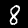
Digit: 8